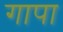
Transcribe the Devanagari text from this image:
गापा